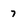
Character: 7